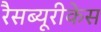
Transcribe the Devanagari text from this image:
रैसब्यूरीकेस